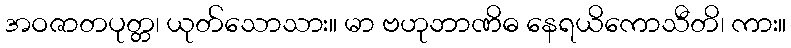
အဝဇာတပုတ္တ၊ ယုတ်သောသား။ မာ ဗဟုဘာဏိဓ နေရယိကောသီတိ၊ ကား။